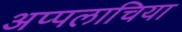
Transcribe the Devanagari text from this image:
अप्पलाचिया